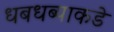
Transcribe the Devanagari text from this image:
धबधब्याकडे